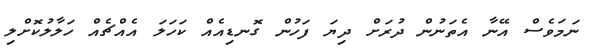
ނަމަވެސް އޭނާ އެތަނުން ދުރަށް ދިޔަ ފަހުން ގޮނޑިއެއް ކަހަލަ އެއްޗެއް ހަލާލުކޮށްލި